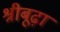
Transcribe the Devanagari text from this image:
श्रीबूढ़ा